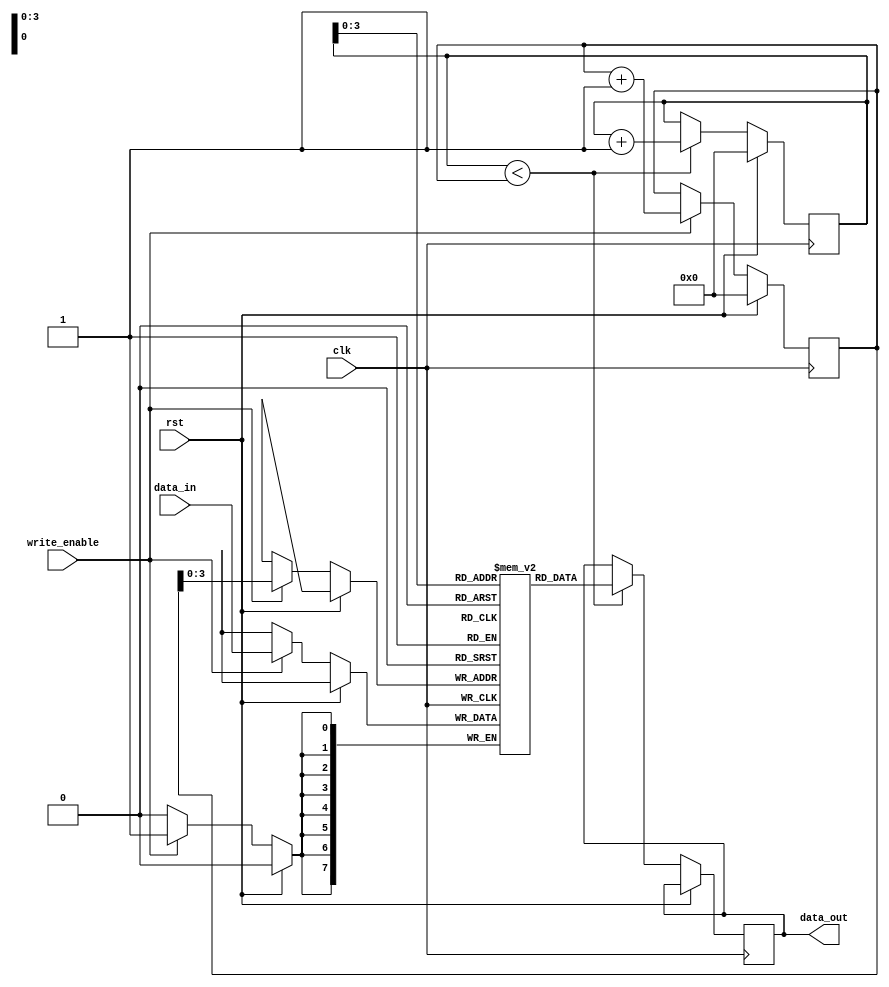
module FirstWordFallThroughFIFO (
  input wire clk,
  input wire rst,
  input wire write_enable,
  input wire [DATA_WIDTH-1:0] data_in,
  output reg [DATA_WIDTH-1:0] data_out,
);

parameter DEPTH = 16; 
parameter DATA_WIDTH = 8;

reg [DATA_WIDTH-1:0] storage [DEPTH-1:0];
reg [4:0] write_pointer;
reg [4:0] read_pointer;

always @(posedge clk) begin
  if (rst) begin
    write_pointer <= 0;
    read_pointer <= 0;
  end else begin
    if (write_enable) begin
      storage[write_pointer] <= data_in;
      write_pointer <= write_pointer + 1;
    end
    if (read_pointer < write_pointer) begin
      data_out <= storage[read_pointer];
      read_pointer <= read_pointer + 1;
    end
  end
end

endmodule